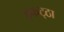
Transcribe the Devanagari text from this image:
इकट्‌ठा